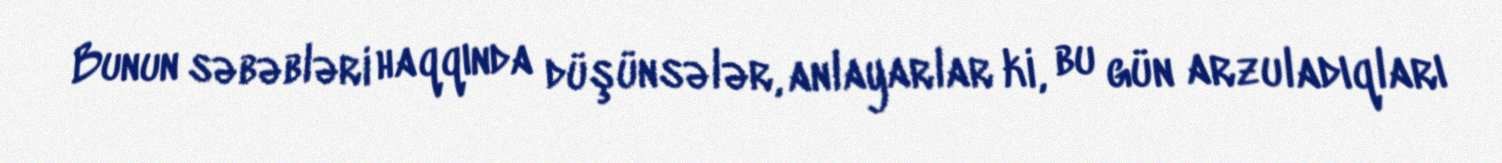
Bunun səbəbləri haqqında düşünsələr, anlayarlar ki, bu gün arzuladıqları